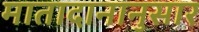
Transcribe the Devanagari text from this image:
मातादानानुसार